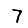
Digit: 7